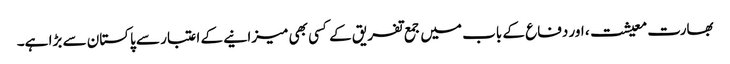
بھارت معیشت، اور دفاع کے باب میں جمع تفریق کے کسی بھی میزانیے کے اعتبار سے پاکستان سے بڑا ہے۔